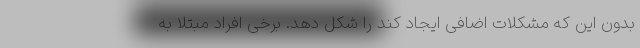
بدون این که مشکلات اضافی ایجاد کند را شکل دهد. برخی افراد مبتلا به